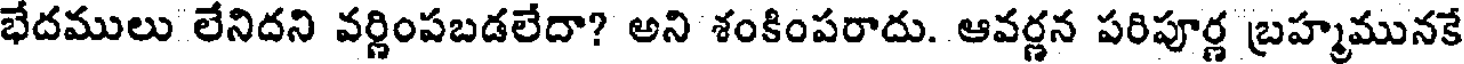
భేదములు లేనిదని వర్ణింపబడలేదా? అని శంకింపరాదు. ఆవర్ణన పరిపూర్ణ బ్రహ్మమునకే